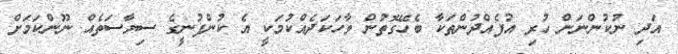
އަދި ނުކުންނަން ހުރި އުފެއްދުންތަކާ ބެހޭގޮތުން ވާހަކަދެއްކުމަކީ އެ ކުންފުނީގެ ސިޔާސަތެއް ނޫންކަމަށް